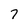
Character: 7